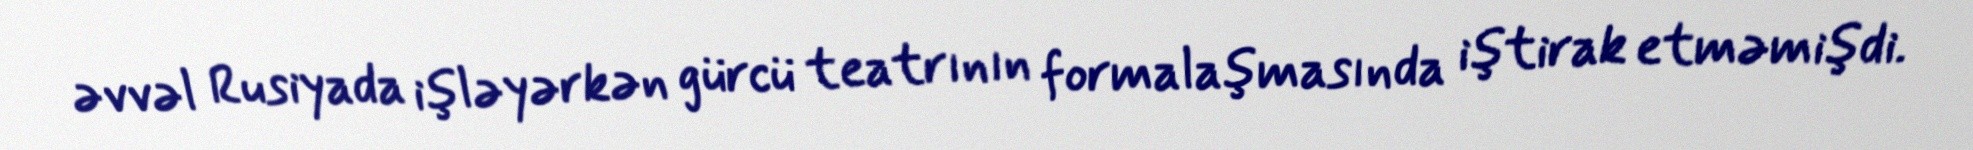
əvvəl Rusiyada işləyərkən gürcü teatrının formalaşmasında iştirak etməmişdi.